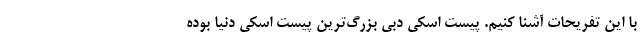
با این تفریحات آشنا کنیم. پیست اسکی دبی بزرگ‌ترین پیست اسکی دنیا بوده